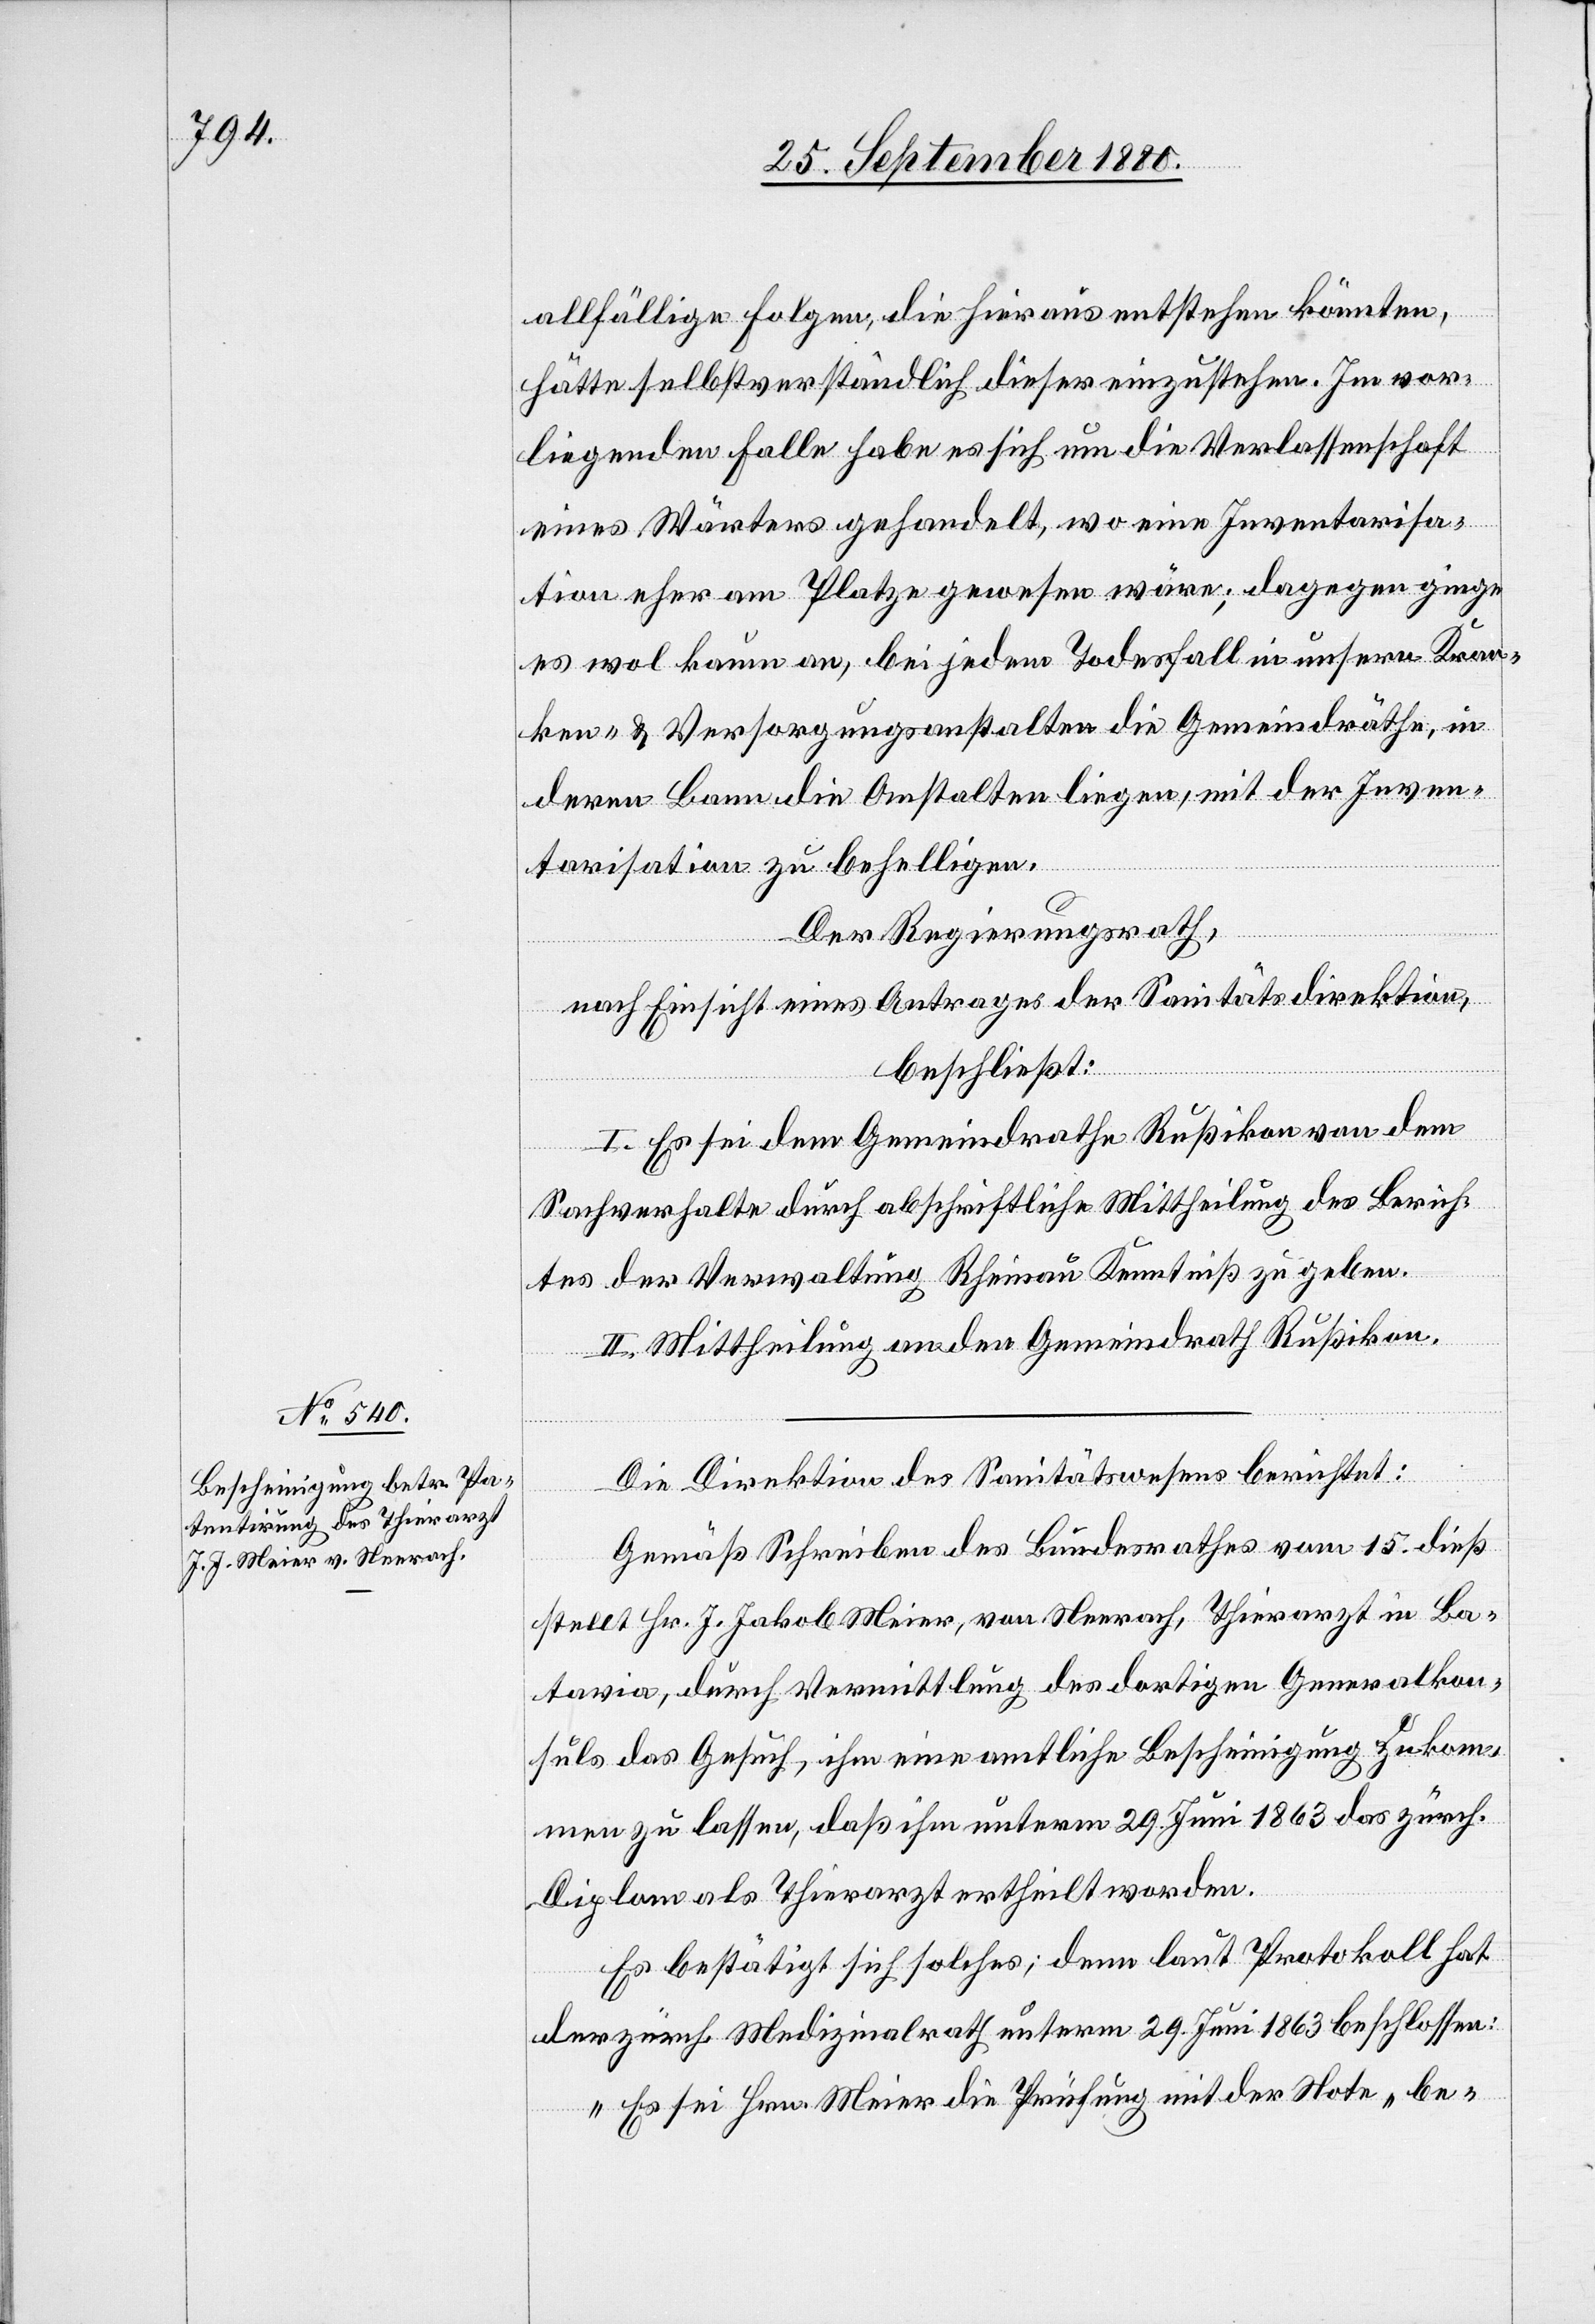
allfällige Folgen die hieraus entstehen könnten,
hätte selbstverständlich dieser einzustehen. Im vor¬
liegenden Falle habe es sich um die Verlassenschaft
eines Wärters gehandelt, wo eine Inventarisa¬
tion eher am Platze gewesen wäre; dagegen ginge
es wol kaum an, bei jedem Todesfall in unseren Kran¬
ken- & Versorgungsanstalten die Gemeindräthe, in
deren Bann die Anstalten liegen, mit der Inven¬
tarisation zu behelligen.
Der Regierungsrath,
nach Einsicht eines Antrages der Sanitätsdirektion,
beschließt:
I. Es sei dem Gemeindrathe Rußikon von dem
Sachverhalte durch abschriftliche Mittheilung des Berich¬
tes der Verwaltung Rheinau Kenntniß zu geben.
II. Mittheilung an den Gemeindrath Rußikon.
Die Direktion des Sanitätswesens berichtet:
Gemäß Schreiben des Bundesrathes vom 15. dieß
stellt Hr. J. Jakob Meier, von Neerach, Thierarzt in Ba¬
tavia, durch Vermittlung des dortigen Generalkon¬
suls das Gesuch, ihm eine amtliche Bescheinigung zukom¬
men zu lassen, daß ihm unterm 29. Juni 1863 das zürch.
Diplom als Thierarzt ertheilt worden.
Es bestätigt sich solches; denn laut Protokoll hat
der zürch. Medizinalrath unterm 29. Juni 1863 beschlossen:
„Es sei Hrn. Meier die Prüfung mit der Note „be-